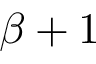
\beta + 1